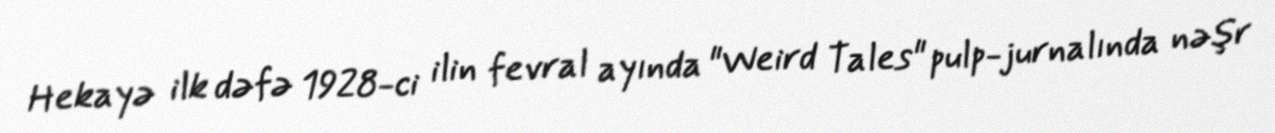
Hekayə ilk dəfə 1928-ci ilin fevral ayında "Weird Tales" pulp-jurnalında nəşr